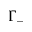
\Gamma _ { - }